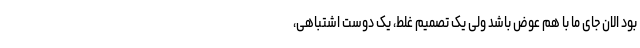
بود الان جای ما با هم عوض باشد ولی یک تصمیم غلط، یک دوست اشتباهی،